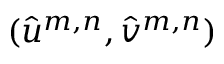
( \hat { u } ^ { m , n } , \hat { v } ^ { m , n } )